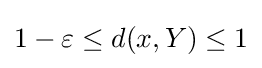
1-\varepsilon \leq d(x,Y)\leq 1